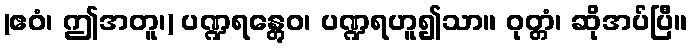
(ဧဝံ၊ ဤအတူ၊) ပဏ္ဍရန္တွေဝ၊ ပဏ္ဍရဟူ၍သာ။ ဝုတ္တံ၊ ဆိုအပ်ပြီ။